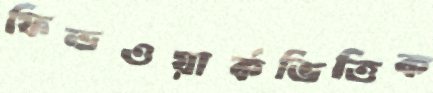
ফিল্ডওয়ার্কভিত্তিক